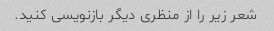
شعر زیر را از منظری دیگر بازنویسی کنید.